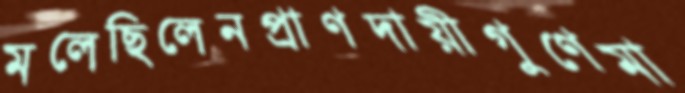
মলেছিলেনপ্রাণদায়ীগুণেমা